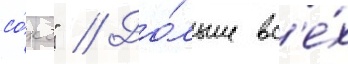
со́кс" // До́льше вс'е́х